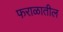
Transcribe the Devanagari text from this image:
फराळातील